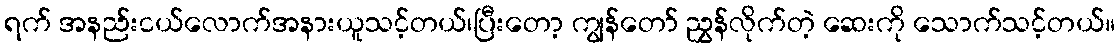
ရက် အနည်းငယ်လောက်အနားယူသင့်တယ်၊ပြီးတော့ ကျွန်တော် ညွှန်လိုက်တဲ့ ဆေးကို သောက်သင့်တယ်။